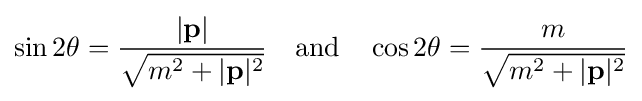
\sin 2\theta ={\frac {|\mathbf {p} |}{\sqrt {m^{2}+|\mathbf {p} |^{2}}}}\quad {\text{and}}\quad \cos 2\theta ={\frac {m}{\sqrt {m^{2}+|\mathbf {p} |^{2}}}}